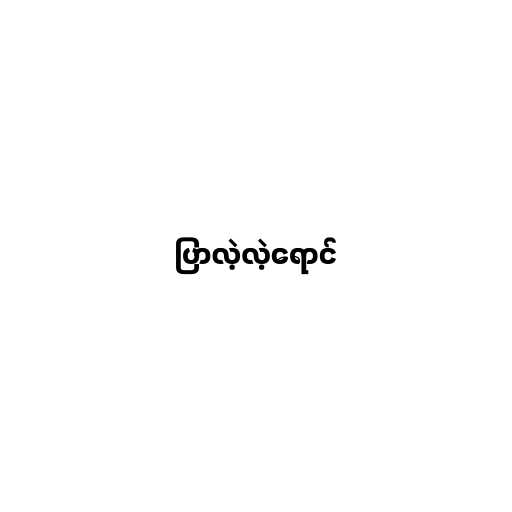
ပြာလဲ့လဲ့ရောင်